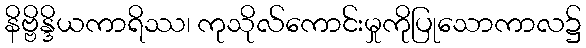
နိဗ္ဗိန္ဒိယကာရိဿ၊ ကုသိုလ်ကောင်းမှုကိုပြုသောကာလ၌